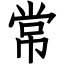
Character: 常